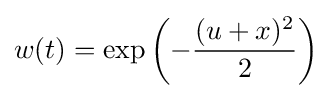
w(t)=\exp \left(-{\frac {(u+x)^{2}}{2}}\right)